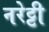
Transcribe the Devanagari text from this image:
नरेट्टी